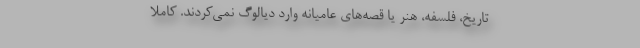
تاریخ، فلسفه، هنر یا قصه‌های عامیانه وارد دیالوگ نمی‌کردند. کاملاً